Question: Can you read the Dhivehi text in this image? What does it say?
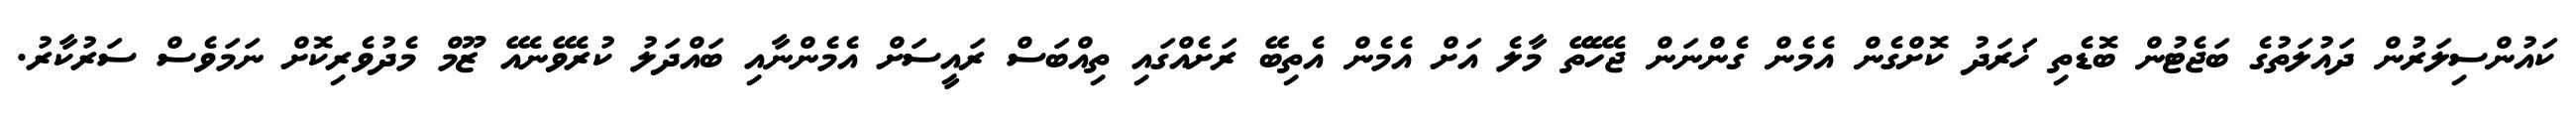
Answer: ކައުންސިލަރުން ދައުލަތުގެ ބަޖެޓުން ބޮޑެތި ޚަރަދު ކޮށްގެން އެމެން ގެންނަން ޖެހޭތޭ މާލެ އަށް އެމެން އެތިބޭ ރަށެއްގައި ތިއްބަސް ރައީސަށް އެމެންނާއި ބައްދަލު ކުރެވޭނެއޭ ޒޫމް މެދުވެރިކޮށް ނަމަވެސް ސަރުކާރު.